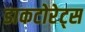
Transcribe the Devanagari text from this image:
डाकटोरेट्स